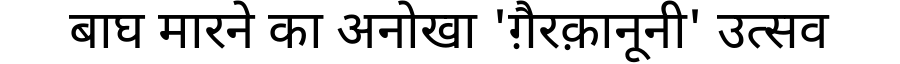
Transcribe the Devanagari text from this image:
बाघ मारने का अनोखा 'ग़ैरक़ानूनी' उत्सव